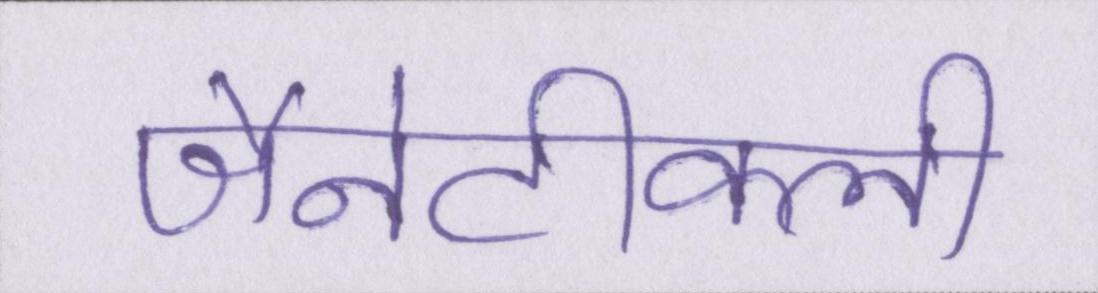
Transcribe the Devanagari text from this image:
जैनेटीकली